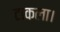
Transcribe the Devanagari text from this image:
टाकला।